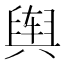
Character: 舆